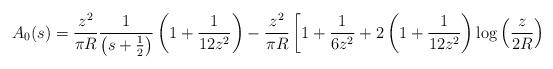
LaTeX: \begin{align*}A_0 (s) = \frac{z^2}{\pi R} \frac{1}{\left(s+\frac12\right)}\left( 1 +\frac1{12 z^2} \right) - \frac{z^2}{\pi R} \left[ 1 +\frac1{6z^2} + 2 \left( 1 + \frac1{12 z^2} \right) \log \left(\frac{z}{2 R} \right) \right.\end{align*}